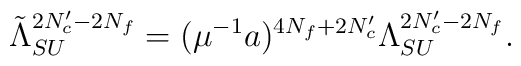
\tilde{\Lambda}_{SU}^{2N_c'-2N_f}=(\mu^{-1}a)^{4N_f+2N_c'}     \Lambda_{SU}^{2N_c'-2N_f}.